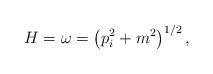
LaTeX: \begin{align*}H=\omega=\left({p}_{i}^2+m^2\right)^{1/2},\end{align*}